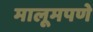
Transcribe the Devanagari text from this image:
मालूमपणे